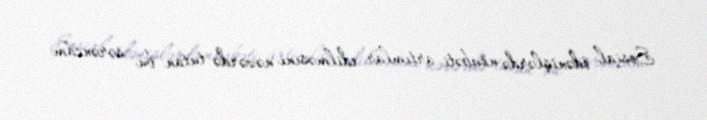
Sosial ödənişlərdə növbəti artımlar edilməsini nəzərdə tutan bu sərəncam